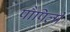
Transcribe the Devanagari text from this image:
पौपिली